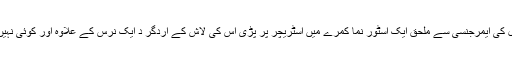
اسپتال کی ایمرجنسی سے ملحق ایک اسٹور نما کمرے میں اسٹریچر پر پڑی اس کی لاش کے اردگر د ایک نرس کے علاوہ اور کوئی نہیں تھا۔